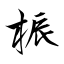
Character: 桭